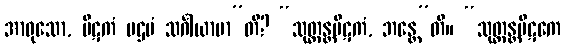
အာဝုသော, ပိဋကံ ပဌမံ သင်္ဂါယာမာ”တိ? “သုတ္တန္တပိဋကံ, ဘန္တေ”တိ။ “သုတ္တန္တပိဋကေ